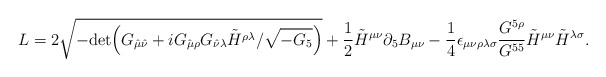
\begin{align*}L = 2 \sqrt{- {\rm det} \Big(G_{\hat\mu \hat\nu} + i G_{\hat\mu\rho} G_{\hat\nu\lambda} \tilde{H}^{\rho\lambda} / \sqrt{-G_5}\Big)}+ {1\over 2} \tilde{H}^{\mu\nu} \partial_5 B_{\mu\nu}- {1\over 4} \epsilon_{\mu\nu\rho\lambda\sigma} {G^{5\rho}\over G^{55}}\tilde{H}^{\mu\nu} \tilde{H}^{\lambda\sigma} .\end{align*}